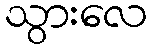
သွားလေ